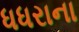
ધધરાના